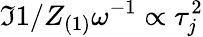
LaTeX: \Im{1/Z_{(1)}}\omega^{-1}\propto\tau_{j}^{2}